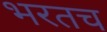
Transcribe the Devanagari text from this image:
भरतच